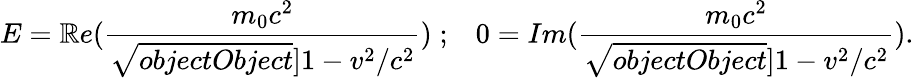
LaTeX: E=\mathbb{R}e(\frac{{m_{0}c^{2}}}{{\sqrt{{{objectObject}}}{]}{1-v^{2}/c^{2}}}})\; ;\; \; \; 0=Im(\frac{{m_{0}c^{2}}}{{\sqrt{{{objectObject}}}{]}{1-v^{2}/c^{2}}}}).